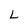
Character: L